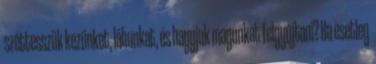
széttesszük kezünket, lábunkat, és hagyjuk magunkat felgyújtani? Ha esetleg